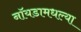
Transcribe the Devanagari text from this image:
नॉयडामधल्या